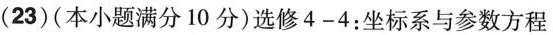
(23) (本小题满分 10 分)选修 4-4：坐标系与参数方程